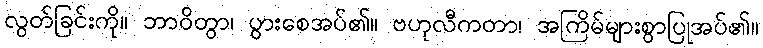
လွတ်ခြင်းကို။ ဘာဝိတွာ၊ ပွားစေအပ်၏။ ဗဟုလီကတာ၊ အကြိမ်များစွာပြုအပ်၏။